Source: Handwritten
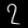
Digit: ၇ (7)